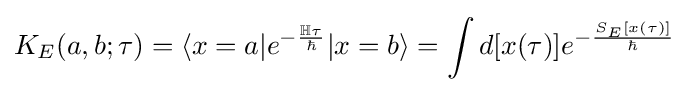
K_{E}(a,b;\tau )=\langle x=a|e^{-{\frac {\mathbb {H} \tau }{\hbar }}}|x=b\rangle =\int d[x(\tau )]e^{-{\frac {S_{E}[x(\tau )]}{\hbar }}}